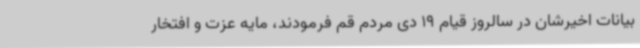
بیانات اخیرشان در سالروز قیام 19 دی مردم قم فرمودند، مایه عزت و افتخار